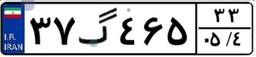
۷۲گ۳۸۱۹۹